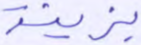
بزينة